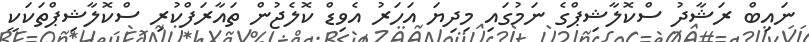
ނައިބް ރަޝާދު ސްކޮލާޝިޕްގެ ނަމުގައި މިދިޔަ އަހަރު އެވިޑް ކޮލެޖުން ތައާރަފްކުރި ސްކޮލާޝިޕްތަކަކީ